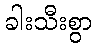
ခါးသီးစွာ